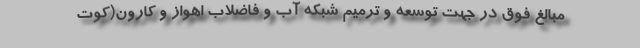
مبالغ فوق در جهت توسعه و ترمیم شبکه آب و فاضلاب اهواز و کارون(کوت